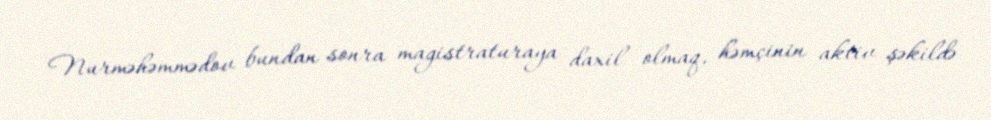
Nurməhəmmədov bundan sonra magistraturaya daxil olmaq, həmçinin aktiv şəkildə